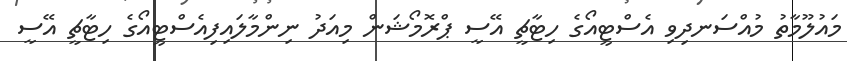
މައުލޫމާތު މުއްސަނދިވި އެސްޓީއޯގެ ހިޓާޗީ އޭސީ ޕްރޮމޯޝަން މިއަދު ނިންމާލައިފިއެސްޓީއޯގެ ހިޓާޗީ އޭސީ